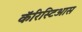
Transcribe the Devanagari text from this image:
कॅरिस्टिआस